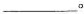
___。